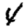
Digit: 4